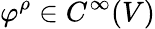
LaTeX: \varphi^{\rho}\in C^{\infty}(V)